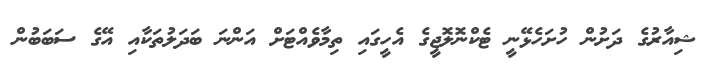
ޝިއާރުގެ ދަށުން ހުށަހެޅޭނީ ޓެކްނޮލޮޖީގެ އެހީގައި ތިމާވެއްޓަށް އަންނަ ބަދަލުތަކާއި އޭގެ ސަބަބުން